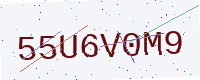
Text: 55U6V0M9